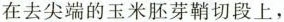
放在去尖端的玉米胚芽鞘切段上，